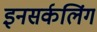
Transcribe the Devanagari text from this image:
इनसर्कलिंग